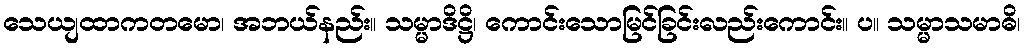
သေယျထာကတမော၊ အဘယ်နည်း။ သမ္မာဒိဋ္ဌိ၊ ကောင်းသောမြင်ခြင်းလည်းကောင်း။ ပ။ သမ္မာသမာဓိ၊